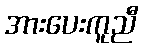
အားပေးကူညီ